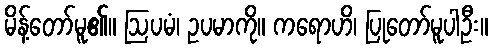
မိန့်တော်မူ၏။ ဩပမံ၊ ဥပမာကို။ ကရောဟိ၊ ပြုတော်မူပါဦး။